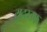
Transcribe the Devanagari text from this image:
युदस्तफ